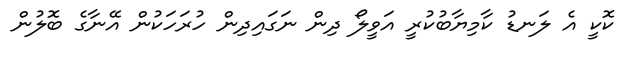
ކޮކީ އެ ލަނޑު ކާމިޔާބުކުރީ އަވީލޯ ދިން ނަގައިދިން ހުރަހަކުން އޭނާގެ ބޮލުން